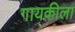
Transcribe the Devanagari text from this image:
गायकीला